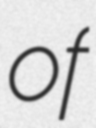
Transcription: of